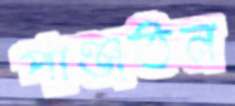
পাঞ্জতন